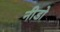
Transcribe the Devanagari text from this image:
नीडो